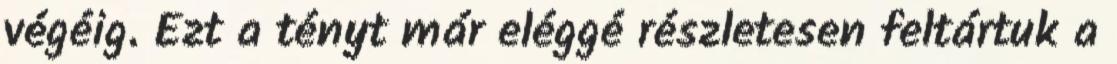
végéig. Ezt a tényt már eléggé részletesen feltártuk a